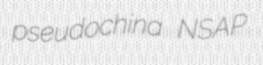
pseudochina NSAP